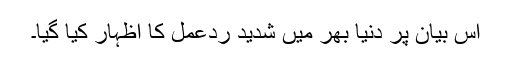
اس بیان پر دنیا بھر میں شدید ردعمل کا اظہار کیا گیا۔